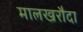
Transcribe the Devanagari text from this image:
मालखरौदा